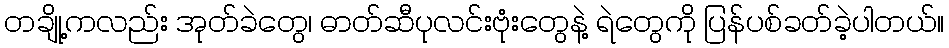
တချို့ကလည်း အုတ်ခဲတွေ၊ ဓာတ်ဆီပုလင်းဗုံးတွေနဲ့ ရဲတွေကို ပြန်ပစ်ခတ်ခဲ့ပါတယ်။